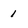
Character: 1